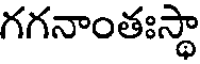
గగనాంతఃస్థా